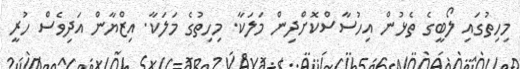
މިހިތުގައި ލޯބީގެ ތެޅުން އިހުސާސްކޮށްދިން މަލަކާ. މިހިތުގެ މަލަކާ. އިޒްޔާން އަދިވެސް ހުރީ